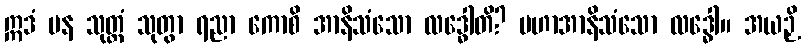
ဣဒံ ပန သုတ္တံ သုတွာ ရညာ ကောစိ အာနိသံသော လဒ္ဓေါတိ? မဟာအာနိသံသော လဒ္ဓေါ။ အယဉှိ